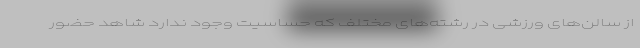
از سالن‌های ورزشی در رشته‌های مختلف که حساسیت وجود ندارد شاهد حضور